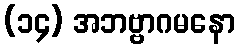
(၁၄) အဘဗ္ဗာဂမနော